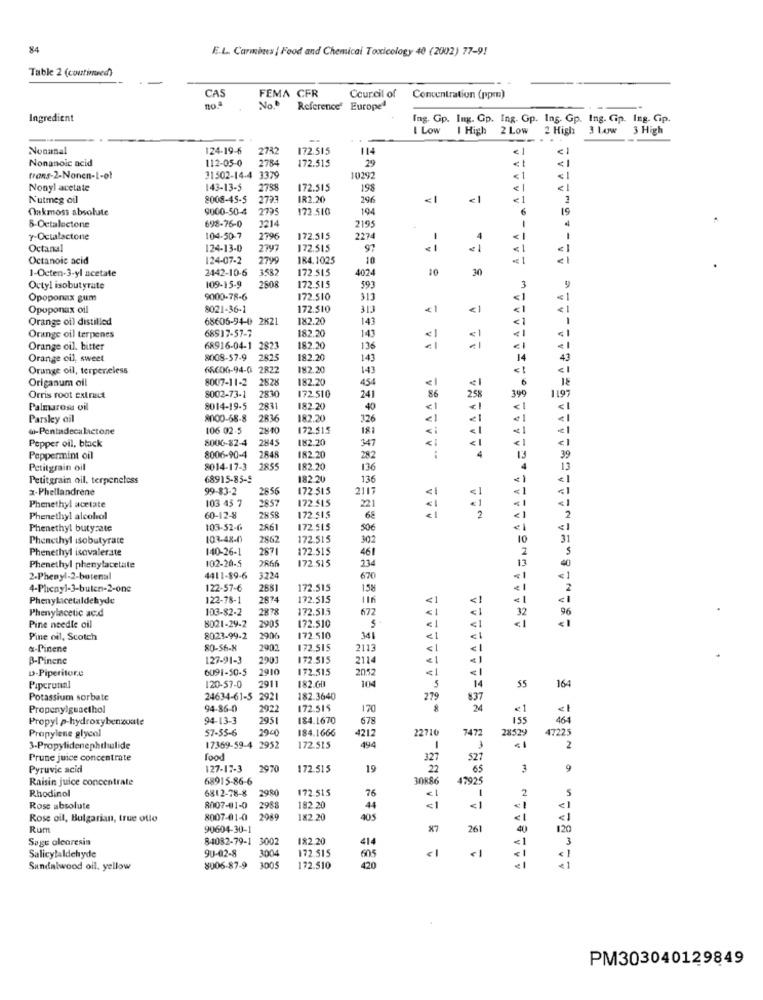
84
E.L. Carmines | Food and Chemical Toxicology 40 (2002) 77-9!
Table 2 (continued)
CAS
FEMA CFR
Council of
Concentration (ppm)
No.º
Reference Europe
Ingredient
Ing. Gp. Ing. Gp. Ing. Gp. Ing. Gp. Ing. Cip. Ing. Cip.
I Low
I High 2 Low
2 High
3 Layw 3 High
Nonanal
124-19-6
2732
172.515
112-05-0
172.515
Nonanoic acid
2784
29
trans-2-Nonen-1-ot
31502-14-4
1379
10292
Nonyl acetate
143-13-5
2788
172.515
198
--
<
Nutmeg oil
2008-45-5
2793
IR2.20
296
<1
€1
1
Oakmoss absolute
9000-50-4
2795
172.510
194
6
19
3214
2195
8-Octalactone
698-76-0
-
4
7-Octalactone
104-50-7
2796
172.515
2274
1
4
Octanal
124-13-0
2797
172.515
97
--
Octanoic acid
124-07-2
2799
184.1025
10
2442-10-6
3582
172.515
4024
10
1-Octen-3-yl acetate
Octyl isobutyrate
109-15-9
2808
172.515
593
3
9
Opoponax gum
9000-78-6
172.510
313
< 1
Opuponax oil
8021-36-1
172.510
< 1
<1
< 1
Orange oil distilled
68605-94-0 2K21
182.20
143
AA
€1
68917-57-7
182.20
143
Orange oil terpenes
Orange oil. bitter
68916-04-1 2823
182.20
136
€ 1
-1
Orange cil, sweet
8008-57-9
2825
182.20
143
14
43
Orange oil, terpeneless
6560G-94-0 2822
182.20
143
Origanum oil
8007-11-2
2828
182.20
454
18
172.510
25%
399
Orris root extract
8002-73-1
2830
241
86
1197
Palmarosa vil
8014-19-5
2831
182.20
40
<1
< 1
<1
Parskey ail
8000-58-8
2836
182.20
326
< 1
<1
«-Pentadecalactone
106 02-5
2800
172.515
181
<1
<1
<1
Pepper oil, black
8006-82-4
2845
182.20
347
<1
4
13
Peppermint oil
8006-90-4
2848
182.20
282
39
Petitgrain oil
8014-17-3
2855
182.20
136
13
Petitgrain oil, terpeneless
68915-85-5
182 20
136
ABALLONSAAAA!
<1
2-Phellandrene
99-83-2
2856
172 515
2117
< 1
< 1
<1
< 1
103 45 7
172.515
< 1
Phenethyl acetate
2857
221
Phenethyl alcohol
60-12-8
2858
172.515
68
2
Phenethyl butyrate
103-52-6
2861
172.515
506
< 1
Phenethyl isobutyrate
103-48-0)
2862
172.515
302
31
Phenethyl isovalerate
140-26-1
287
172.515
461
102-20-5
2866
172.515
234
13
Phenethyl phenylacetate
40
2-Phenyl-2-botenal
4411-89-6
3224
670
4-Phenyl-3-buten-2-one
122-57-6
2881
172.515
158
<1
2
Phenylacetaldehyde
122-78-1
2874
172.515
116
<1
<1
Phenylacetic acid
103-82-2
2878
172.515
677
< 1
32
96
Pine needle oil
8021-29-2
€1
2905
172.510
Pine oil, Scotch
8023-99-2
2906
172.510
341
<1
x-Pinene
80-56-8
2902
172.515
211
€1
B-Pinene
127-91-3
2901
172.515
2114
<1
D-Piperitore
6091-50-5
2910
172.515
2052
€1
<1
Piperunal
120-57-0
2911
182.60
104
14
55
164
Potassium sorbate
24634-61-5
2921
182.3640
279
837
Propenylguaethol
94-86-0
2922
172.515
170
24
<1
<1
Propyl p-hydroxybenzoate
94-13-3
295
184.1670
678
155
464
57-55-6
1940
184.1666
4212
22710
747
28529
47225
Propylene glycol
3-Propylidenephthalide
17369-59-4
2952
172.515
494
2
Prune juice concentrate
food
327
52
Pyruvic acid
127-17-3
2970
172.515
19
2
65
3
: -
9
Raisin juice concentrate
68915-86-6
30886
47925
Rhodinol
6812-78-8
2980
172 515
76
2
5
Rose absolute
8007-01-0
2988
182 20
44
< 1
<1
< 1
Rose oil, Bulgarian, true oflo
8007-01-0
2089
182.20
305
< 1
< 1
Rum
90604-30-1
x7
261
40
120
Sage olearesin
84082-79-1
3002
182.20
414
<1
9U-02-8
3004
172.515
€1
3
Salicytaldehyde
605
< 1
Sandalwood oil. yellow
8006-87-9
1005
172.510
< 1
PM303040129849